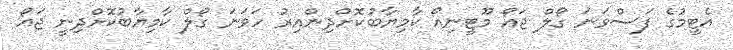
އެޓީމުގެ ފަސްވަނަ ގޯލް ޖައޯ މޫޓީނިއޯ ކާމިޔާބުކޮށްދިންއިރު ހަވަނަ ގޯލް ކާމިޔާބުކޮށްދިނީ ޖައޯ